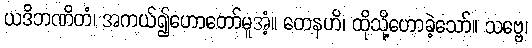
ယဒိဘဏိတံ၊ အကယ်၍ဟောတော်မူအံ့။ တေနဟိ၊ ထိုသို့ဟောခဲ့သော်။ သဗ္ဗေ၊